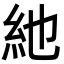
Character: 䊶